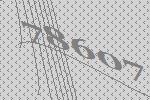
78607